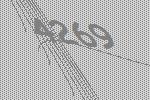
4269